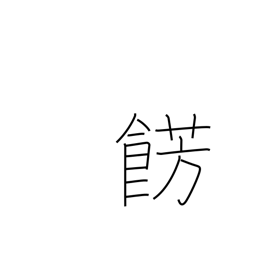
Meaning: embellish